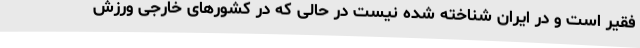
فقیر است و در ایران شناخته شده نیست در حالی که در کشورهای خارجی ورزش